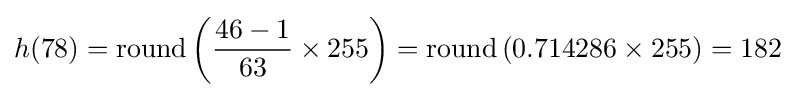
h(78)=\mathrm {round} \left({\frac {46-1}{63}}\times 255\right)=\mathrm {round} \left(0.714286\times 255\right)=182